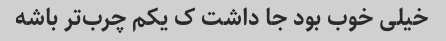
خیلی خوب بود جا داشت ک یکم چرب‌تر باشه